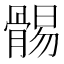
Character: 䯜